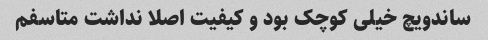
ساندویچ خیلی کوچک بود و کیفیت اصلا نداشت متاسفم